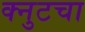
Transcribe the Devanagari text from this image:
क्नुटचा